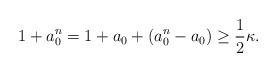
LaTeX: \begin{align*}1+a_0^n=1+a_0+(a_0^n-a_0)\geq\frac12\kappa.\end{align*}